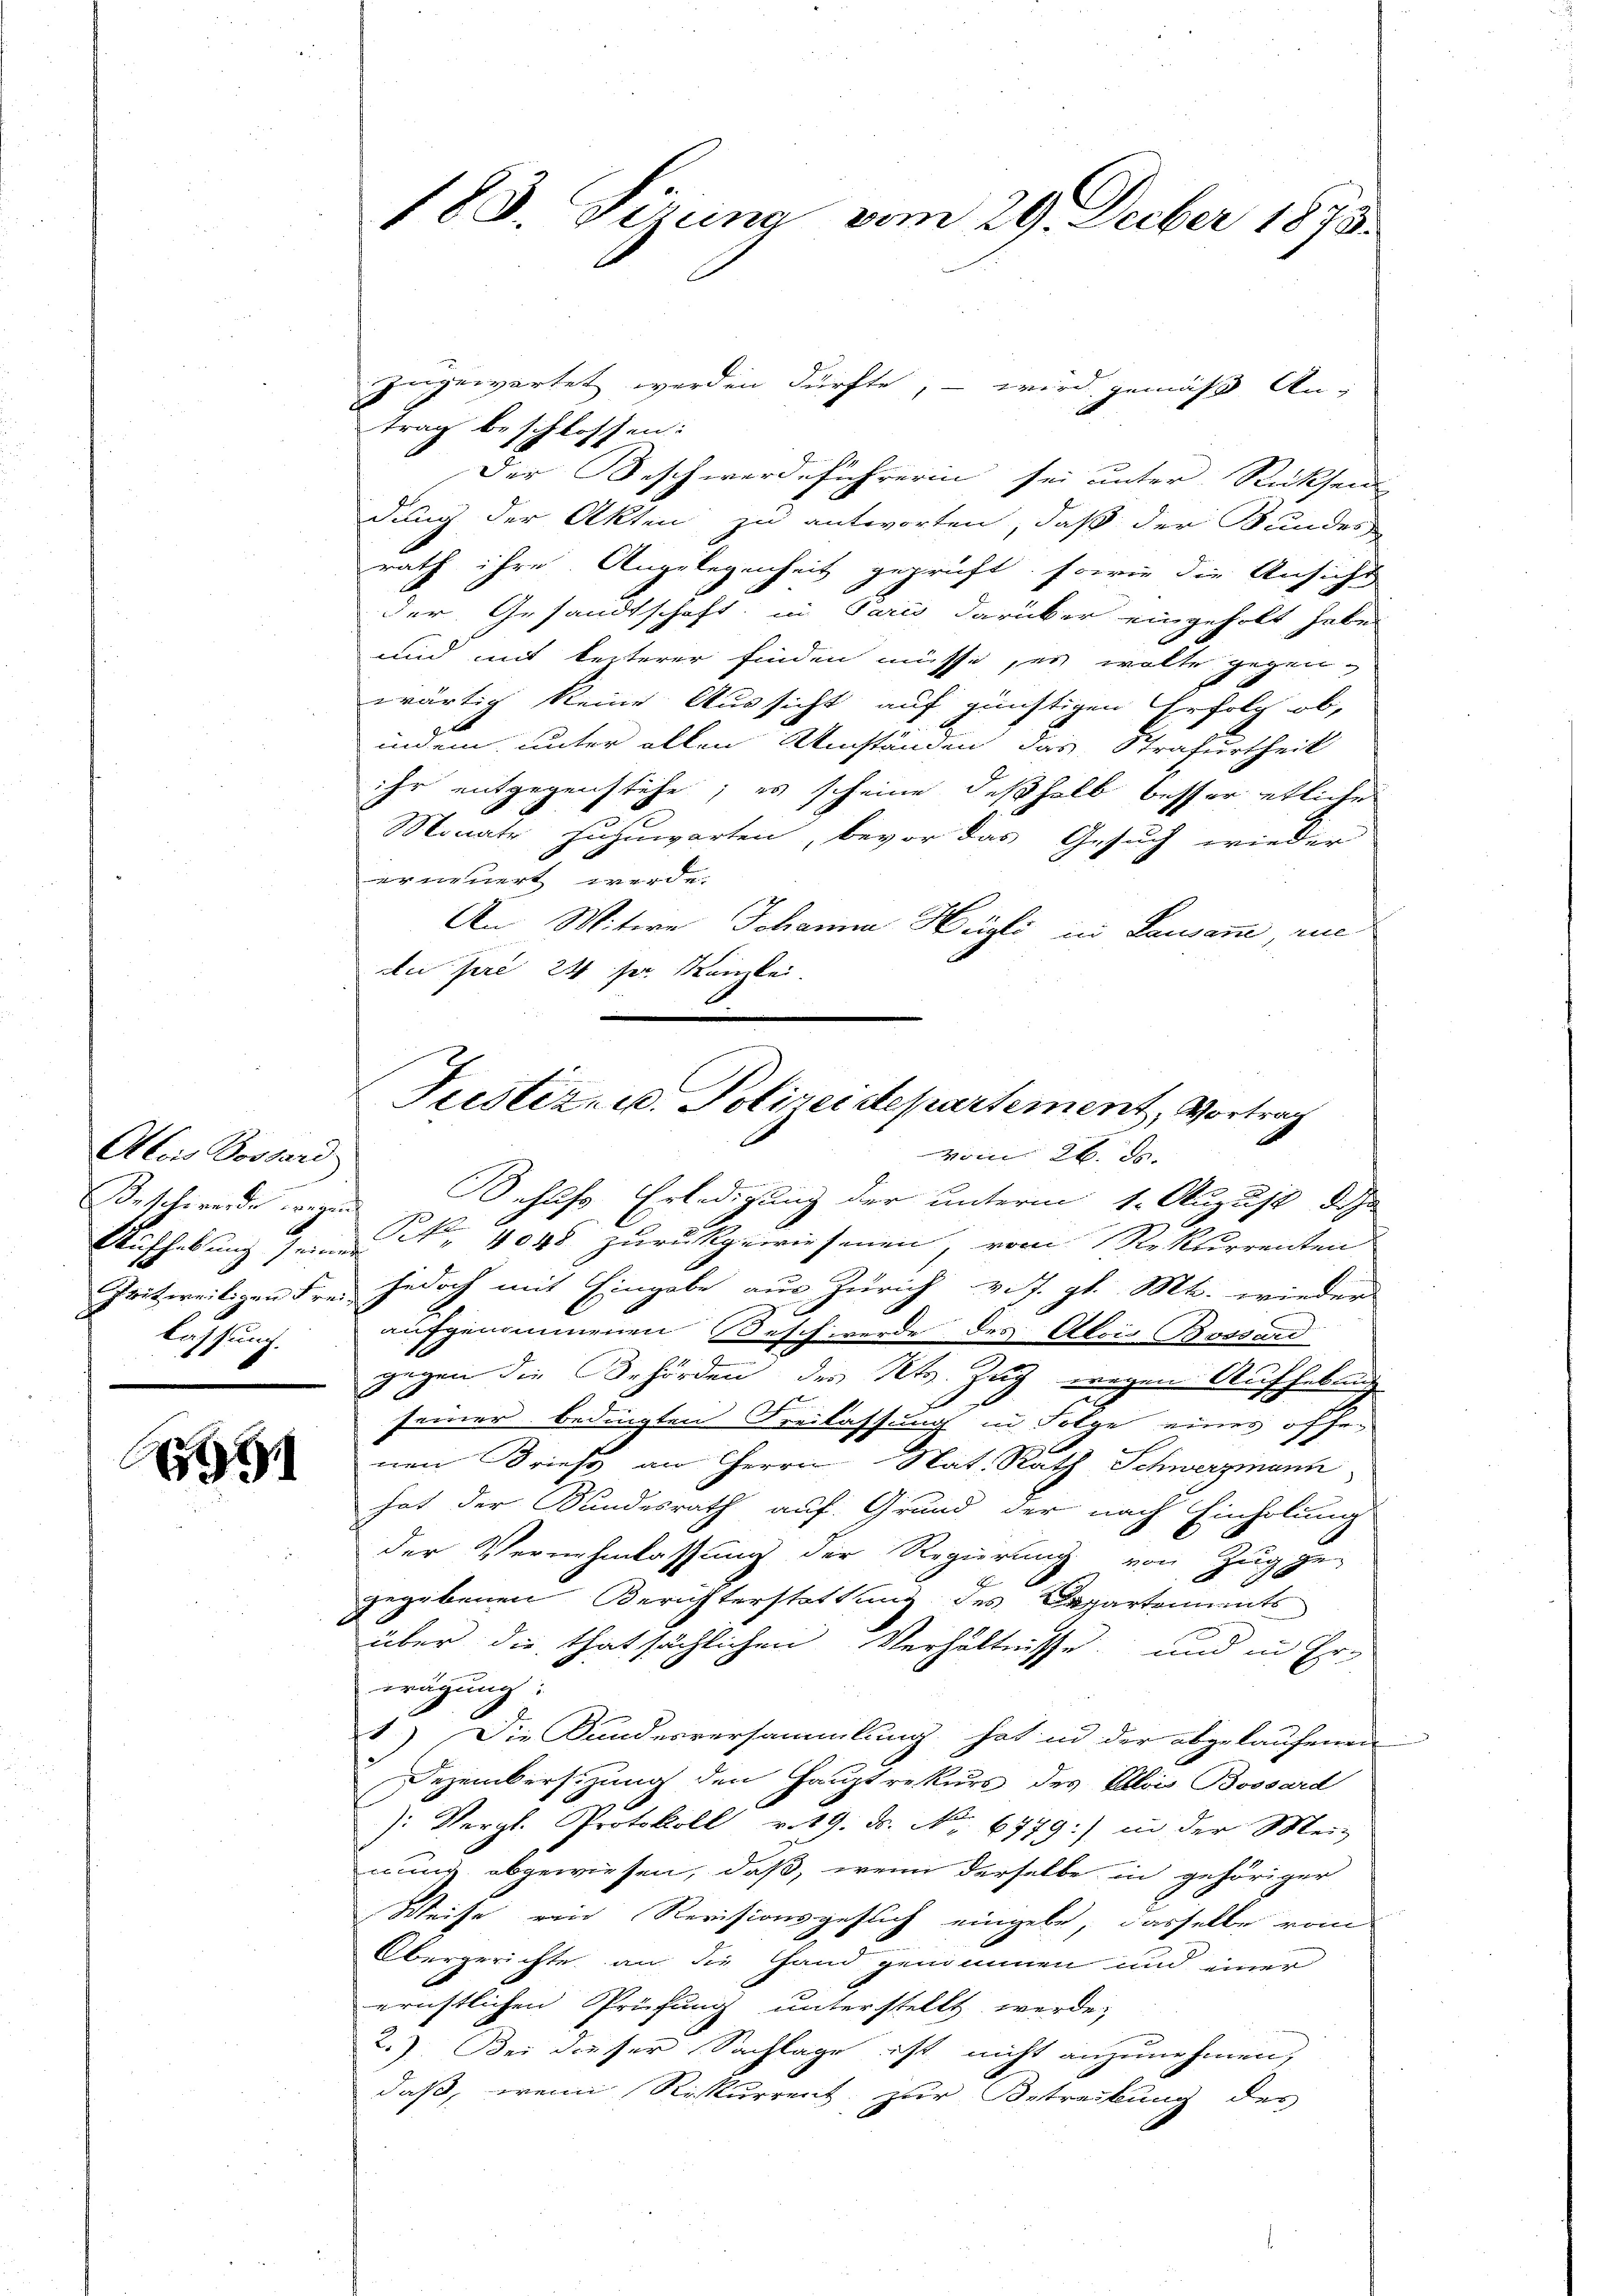
Alois Bossard
lassung.

951

zingewartet werden dürfte, – wird gemäß An-
trag beschlossen:
Der Beschwerdeführerin sei unter Rücksen
dung der Akten zu antworten, daß der Bundes
rath ihre Angelegenheit geprüft, sowie die Ansicht
der Gesandtschaft, in Paris darüber eingeholt habe.
und mit lezterer finden müsse, er wolte gegenwärtig keine Aussicht auf günstigen Erfolg ob,
t
indem unter allen Umständen das Strafurtheil
ihr entgegenstehe; es scheine deßhalb besser etliche
Monats zuzuwarten, bevor das Gesuch wieder
erneuert werde.
An Mitere Johanna Hegli in Lausanne, rue
Au pere 24 der Kanzlei.

183. Sirung vom 29. Decber 1875.

Justiz- u. Polizeidepartement, Vortrag
vom 26. d.

Beschwerde wegen Behufs Erledigung der unterm 1. August d
Aufhebung seine No. 4048 zurückgewiesenen, vom Rekurrenten
Peitweiligen Frei jedoch mit Eingabe aus Zürich v. J. gl. Mt. wieder
aufgenommenen Beschwerde des Alois Bossard
e
gegen die Behörden des Kts. Zug wegen Aufhebung
seiner bedingten Freilassung in Folge eines offen
nen Brief an Herrn Nat. Rath Schwerzmann
hat der Kundesrath auf Grund der nach Einholung
der Vernehmlassung der Regierung von Zug ge-
gegebenen Berichterstattung des Departements
über die thatsächlichen Verhältnisse und in Er-
wägung:
2.) Die Kundesversammlung hat in der abgelaufenen
Dezembersizung den Hauptrekurs des Alois Bossard
: Vergl. Protokoll v. 19. d. No. 6779:) in der Mei-
nung abgewiesen, daß, wenn derselbe in gehöriger
Weise ein Revisionsgesuch eingebe, dasselbe vom
Obergerichte an die Hand genommen und einer
ernstlichen Prüfung unterstellt werde;
2.) Bei dieser Sachlage ist nicht anzunehmen,
daß, wenn Rekurrent zur Betreibung des